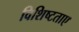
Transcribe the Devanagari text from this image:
विशिष्टताए